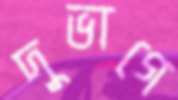
দুভাগে